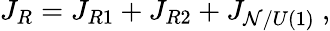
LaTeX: J_{R}=J_{R1}+J_{R2}+J_{{\cal N}/U(1)}~,